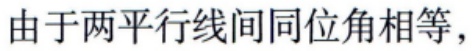
由于两平行线间同位角相等，